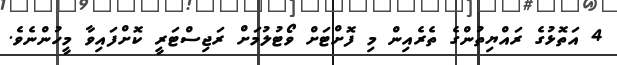
4 އަތޮޅުގެ ރައްޔިތުންގެ ތެރެއިން މި ފޮށްޓަށް ވޯޓުލުމަށް ރަޖިސްޓަރީ ކޮށްފައިވާ މީހުންނެވެ.